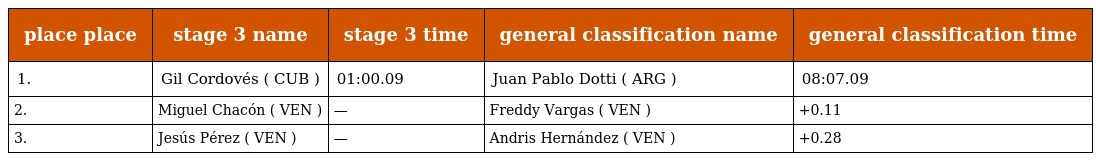
| place place | stage 3 name | stage 3 time | general classification name | general classification time |
 | --- | --- | --- | --- | --- |
 | 1. | Gil Cordovés ( CUB ) | 01:00.09 | Juan Pablo Dotti ( ARG ) | 08:07.09 |
 | 2. | Miguel Chacón ( VEN ) | — | Freddy Vargas ( VEN ) | +0.11 |
 | 3. | Jesús Pérez ( VEN ) | — | Andris Hernández ( VEN ) | +0.28 |